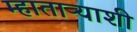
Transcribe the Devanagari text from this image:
म्हाताऱ्याशी